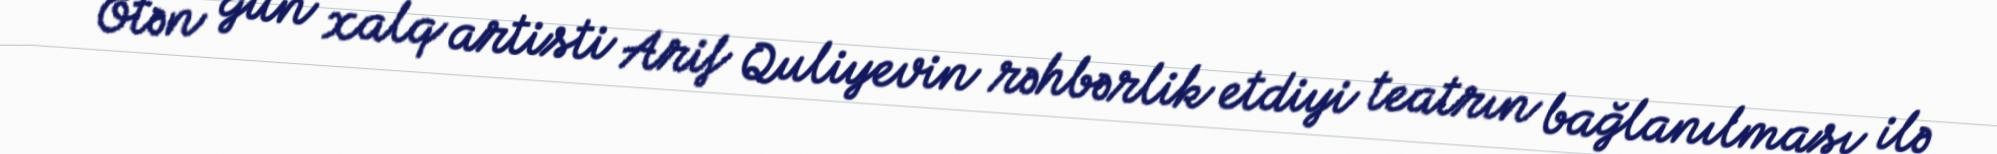
Ötən gün xalq artisti Arif Quliyevin rəhbərlik etdiyi teatrın bağlanılması ilə